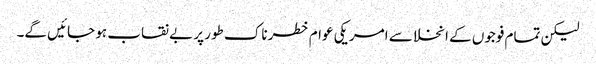
لیکن تمام فوجوں کے انخلا سے امریکی عوام خطرناک طور پر بے نقاب ہو جائیں گے۔